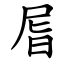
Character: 㞓